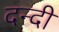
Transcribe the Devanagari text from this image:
दन्दी